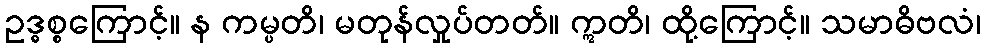
ဥဒ္ဓစ္စကြောင့်။ န ကမ္ပတိ၊ မတုန်လှုပ်တတ်။ ဣတိ၊ ထို့ကြောင့်။ သမာဓိဗလံ၊